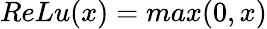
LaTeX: ReLu(x)=max(0,x)